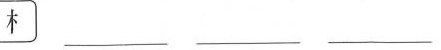
木 ___ ___ ___